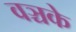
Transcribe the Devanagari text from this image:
वञ्चके